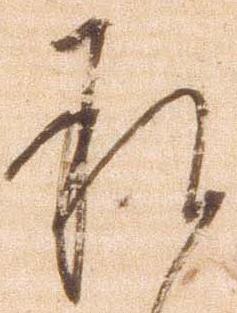
承